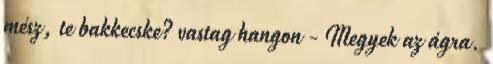
mész, te bakkecske? vastag hangon - Megyek az ágra.